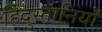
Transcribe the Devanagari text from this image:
हिंदुस्तानियों